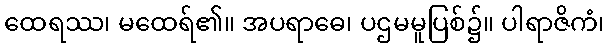
ထေရဿ၊ မထေရ်၏။ အပရာဓေ၊ ပဌမမူပြစ်၌။ ပါရာဇိကံ၊